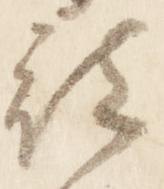
被